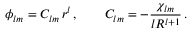
\phi _ { l m } = C _ { l m } \, r ^ { l } \, , \qquad C _ { l m } = - \frac { \chi _ { l m } } { l R ^ { l + 1 } } \, .